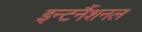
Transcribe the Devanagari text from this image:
इन्टर्नैशनल